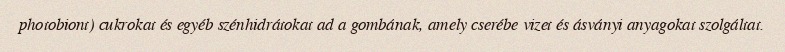
photobiont) cukrokat és egyéb szénhidrátokat ad a gombának, amely cserébe vizet és ásványi anyagokat szolgáltat.